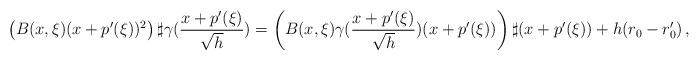
LaTeX: \begin{align*}\left(B(x,\xi) (x+p'(\xi))^2\right) \sharp \gamma(\frac{x+p'(\xi)}{\sqrt{h}}) = \left(B(x,\xi)\gamma(\frac{x+p'(\xi)}{\sqrt{h}})(x+p'(\xi)) \right)\sharp (x+p'(\xi)) + h(r_0-r'_0) \,,\end{align*}